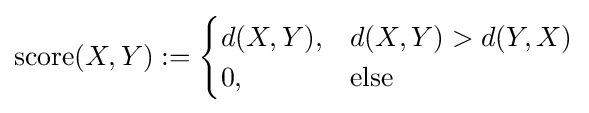
\operatorname {score} (X,Y):={\begin{cases}d(X,Y),&d(X,Y)>d(Y,X)\\0,&{\text{else}}\end{cases}}